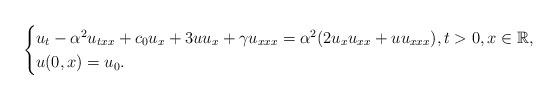
LaTeX: \begin{align*} \begin{cases} u_t - \alpha^2u_{txx} + c_0u_x + 3uu_x +\gamma u_{xxx}= \alpha^2(2u_xu_{xx}+uu_{xxx}) , t > 0, x\in \mathbb{R}, \\ u(0,x) = u_0.\end{cases}\end{align*}